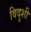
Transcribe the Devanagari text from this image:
विदुशी